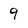
Character: 9